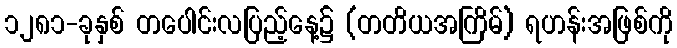
၁၂၈၁-ခုနှစ် တပေါင်းလပြည့်နေ့၌ (တတိယအကြိမ်) ရဟန်းအဖြစ်ကို